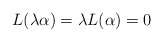
\begin{align*}L(\lambda\alpha)=\lambda L(\alpha)=0\end{align*}